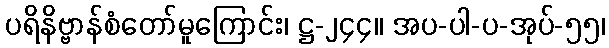
ပရိနိဗ္ဗာန်စံတော်မူကြောင်း၊ ဋ္ဌ-၂၄၄။ အပ-ပါ-ပ-အုပ်-၅၅၊